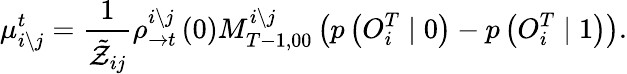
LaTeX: \mu_{i\setminus j}^{t}=\frac{1}{\tilde{\mathcal{Z}}_{ij}}\rho_{\rightarrow t}^{i\setminus j}\left(0\right)M_{T-1,00}^{i\setminus j}\left(p\left({O}_{i}^{T}\mid 0\right)-p\left({O}_{i}^{T}\mid 1\right)\right).